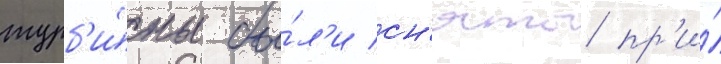
турб'и́ны бы́л'и сн'яты пр'и́